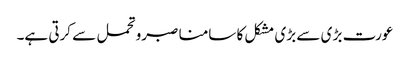
عورت بڑ ی سے بڑی مشکل کا سامنا صبرو تحمل سے کرتی ہے۔